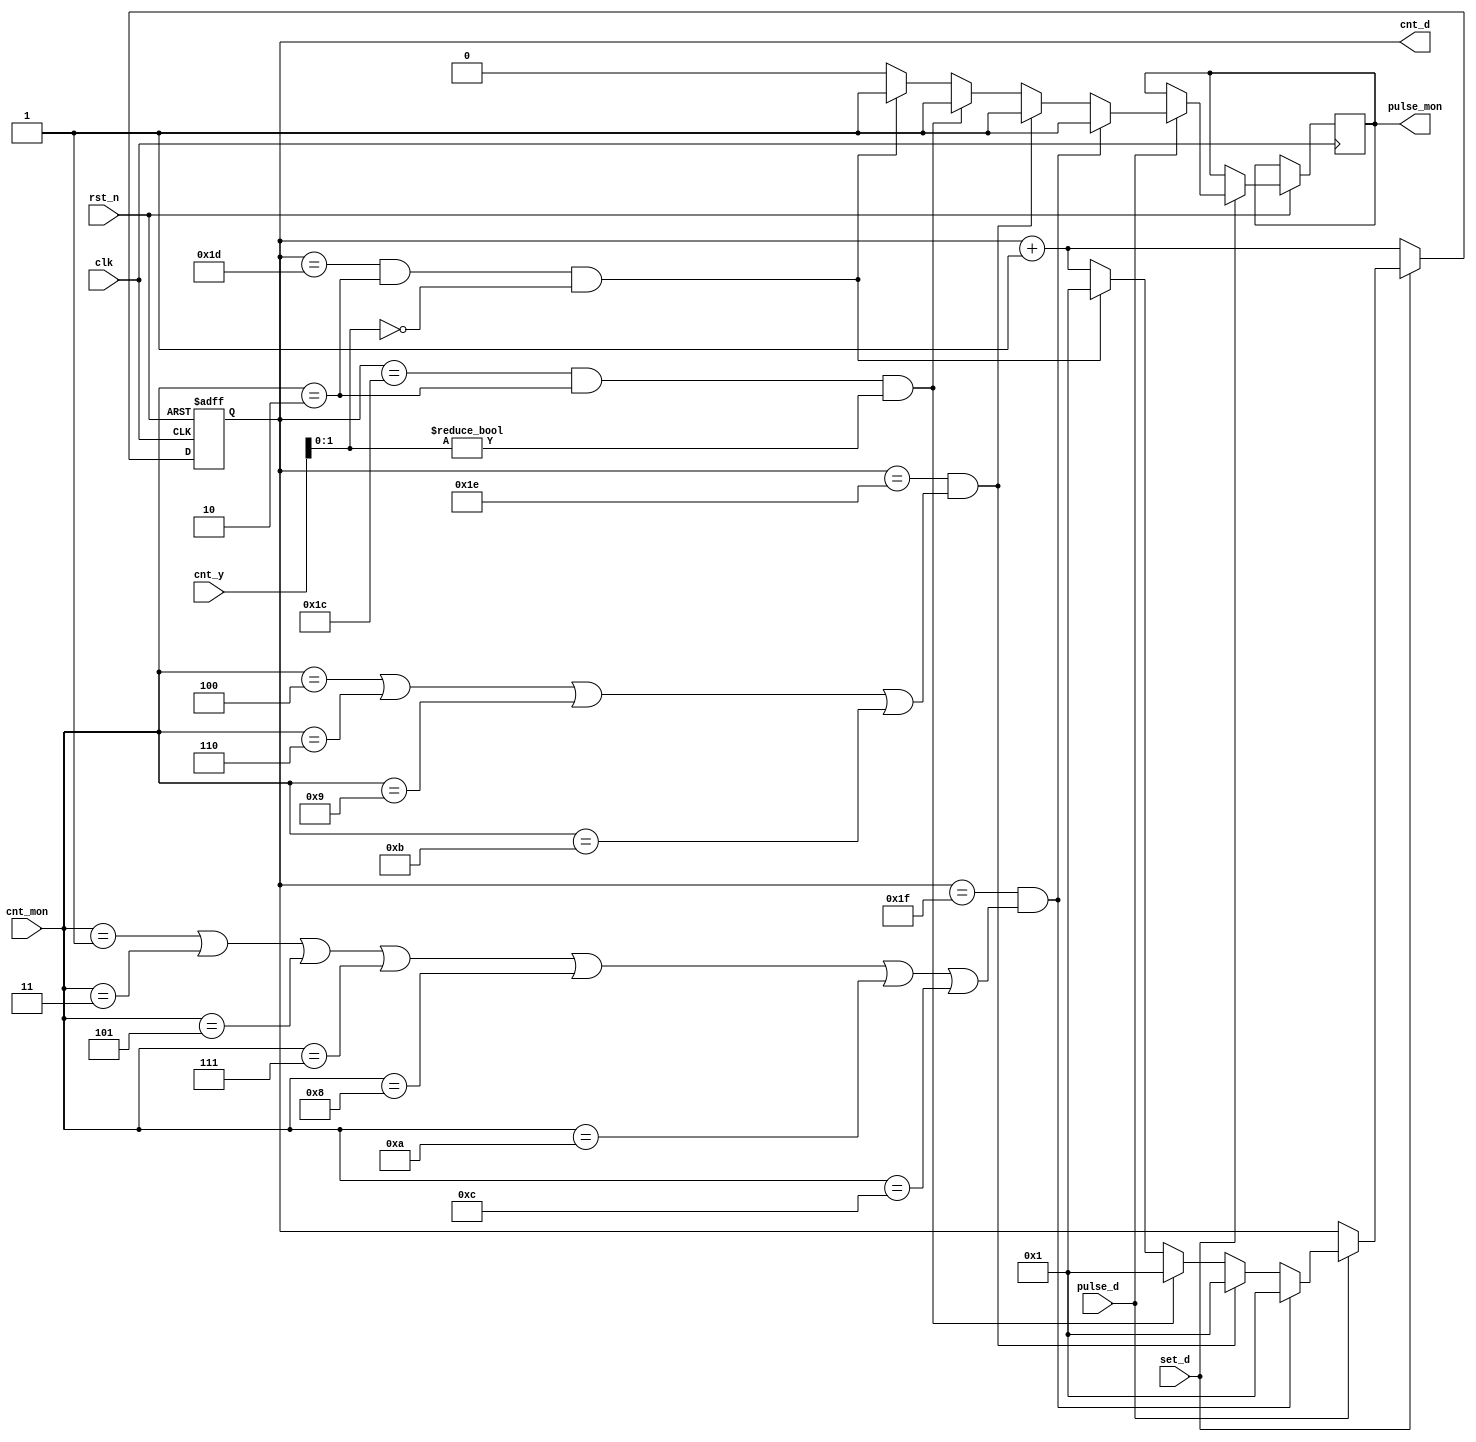
module count_d(
    input clk,
    input rst_n,
    input set_d,
    input [3:0] cnt_mon,
    input [6:0] cnt_y,
    input pulse_d,
    output reg pulse_mon,
    output reg [4:0] cnt_d
);
    always @(posedge clk or negedge rst_n) begin
        if(~rst_n) begin 
            cnt_d <= 0;
        end
        else if(~set_d) begin
            cnt_d <= cnt_d + 1;
        end
        else if (pulse_d) begin
            if ( cnt_d == 31 && (cnt_mon == 1 || cnt_mon == 3 || cnt_mon == 5 || cnt_mon == 7 || cnt_mon == 8 || cnt_mon == 10 || cnt_mon == 12) ) 
                begin
                    cnt_d <= 1;
                    pulse_mon <= 1;
                end

            else if ( cnt_d == 30 && (cnt_mon == 4 || cnt_mon == 6 || cnt_mon == 9 || cnt_mon == 11) )
                begin
                    cnt_d <= 1;
                    pulse_mon <= 1;
                end
            else if ( cnt_d == 28 && cnt_mon == 2 && (cnt_y[1:0] != 2'b00 ))
                begin
                    cnt_d <= 1;
                    pulse_mon <= 1;
                end
            else if ( cnt_d == 29 && cnt_mon == 2 && cnt_y[1:0] == 2'b00)
                begin
                    cnt_d <= 1;
                    pulse_mon <= 1;
                end
            else begin
                cnt_d <= cnt_d + 1;
                pulse_mon <= 0;
            end
        end
    end
endmodule